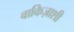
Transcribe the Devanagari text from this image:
वाकिज़ाशी